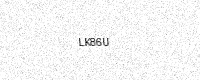
Text: LK86U